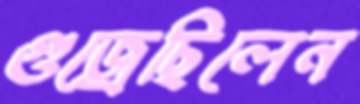
গুজ্‌রেছিলেন